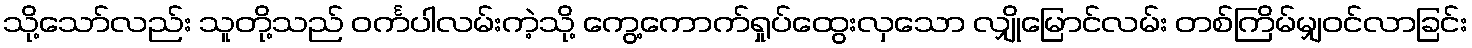
သို့သော်လည်း သူတို့သည် ဝင်္ကပါလမ်းကဲ့သို့ ကွေ့ကောက်ရှုပ်ထွေးလှသော လျှိုမြောင်လမ်း တစ်ကြိမ်မျှဝင်လာခြင်း